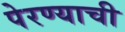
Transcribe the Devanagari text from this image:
पेरण्याची